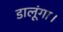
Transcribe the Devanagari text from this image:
डालूंगा।